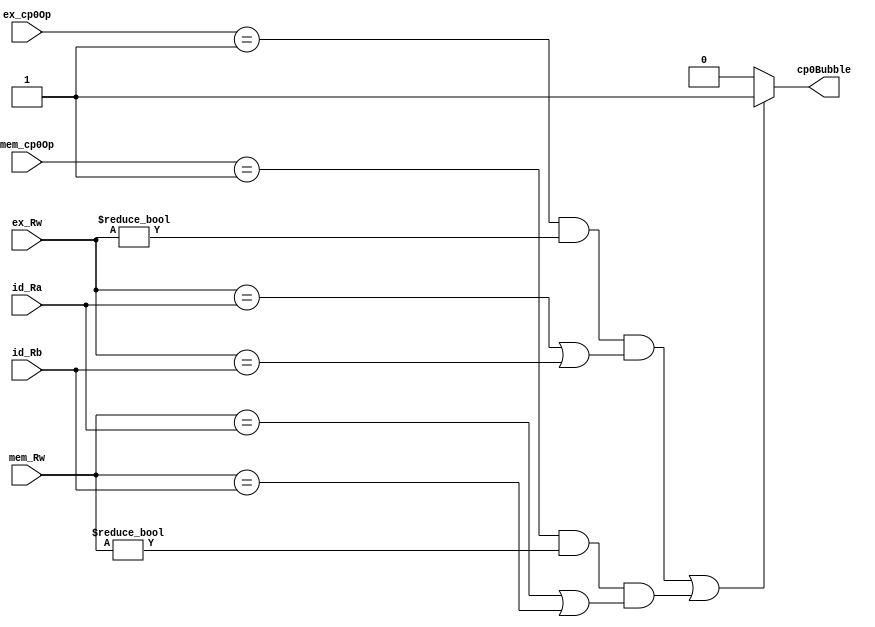
`timescale 1ns / 1ps
module Cp0BubbleUnit (
	id_Ra, id_Rb, ex_Rw, ex_cp0Op, mem_Rw, mem_cp0Op, cp0Bubble
);
	input 		[4:0] id_Ra;
	input 		[4:0] id_Rb;
	input 		[4:0] ex_Rw;
	input       [2:0] ex_cp0Op;
	input       [4:0] mem_Rw;
	input       [2:0] mem_cp0Op;

	output reg        cp0Bubble;

	//*************MFCO-usem**********//
	always @(*) begin 
		//************************//
		if (   ( ex_cp0Op  == 3'b001 && ex_Rw  != 0 && (ex_Rw  == id_Ra || ex_Rw  == id_Rb) )
			|| ( mem_cp0Op == 3'b001 && mem_Rw != 0 && (mem_Rw == id_Ra || mem_Rw == id_Rb) )) begin
				cp0Bubble <= 1;
		end else 
				cp0Bubble <= 0;
	
	end
endmodule